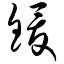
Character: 锾